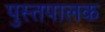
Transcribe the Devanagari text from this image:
पुस्तपालक